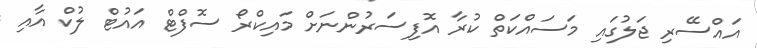
އައްސޭރި ޖަލުގައި މަސައްކަތް ކުރާ އޮފިސަރުންނަށް މައިކްރޯ ސޮފްޓް އައުޓް ލުކް އާއި